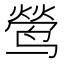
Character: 𮹘